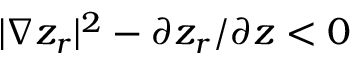
| \nabla z _ { r } | ^ { 2 } - \partial z _ { r } / \partial z < 0